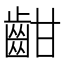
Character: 𪗳